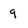
Character: 9